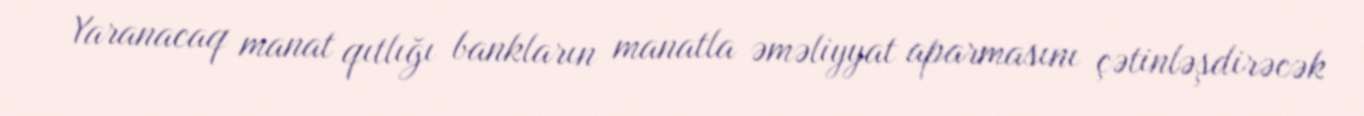
Yaranacaq manat qıtlığı bankların manatla əməliyyat aparmasını çətinləşdirəcək